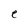
Character: e